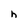
Character: h